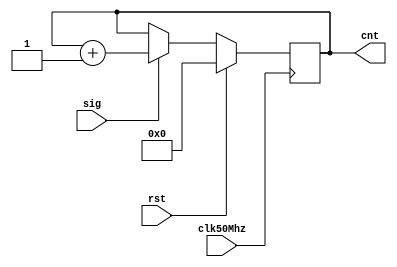
module counter_32bit(
  input wire clk50Mhz,
  input wire sig,
  input wire rst,
  output reg [31:0] cnt=0
  );
  
 reg [31:0] cnt1=0;
 reg [31:0] cnt2=0;
 reg [31:0] cnt3=0;
 reg [31:0] cnt4=0;
 reg [31:0] cnt5=0;
 reg [31:0] cnt6=0;
 reg [31:0] cnt7=0;
 reg [31:0] cnt8=0;
 reg [31:0] cnt9=0;
 reg [31:0] cnt10=0;
 reg [31:0] cnt11=0;
 reg [31:0] cnt12=0;
 reg [31:0] cnt13=0;
 reg [31:0] cnt14=0;
 reg [31:0] cnt15=0;
 reg [31:0] cnt16=0;
 reg [31:0] cnt17=0;
 reg [31:0] cnt18=0;
 reg [31:0] cnt19=0;
 reg [31:0] cnt20=0;
/*always@(posedge rst) cnt <= 0;*/
 
always@(posedge clk50Mhz) begin
	if(~rst) begin 
		if(sig) cnt <= cnt + 1; end
	else cnt<= 0; 
end	


endmodule